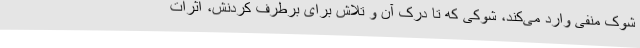
شوک منفی وارد می‌کند، شوکی که تا درک آن و تلاش برای برطرف کردنش، اثرات